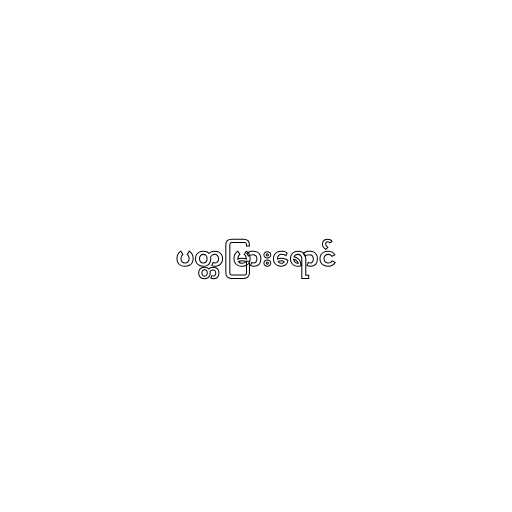
ပတ္တမြားရောင်